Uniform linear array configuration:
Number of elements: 12
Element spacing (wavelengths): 0.75
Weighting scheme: blackman
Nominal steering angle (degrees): -15
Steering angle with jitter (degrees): -15.032
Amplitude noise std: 0.05
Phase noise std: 0.05

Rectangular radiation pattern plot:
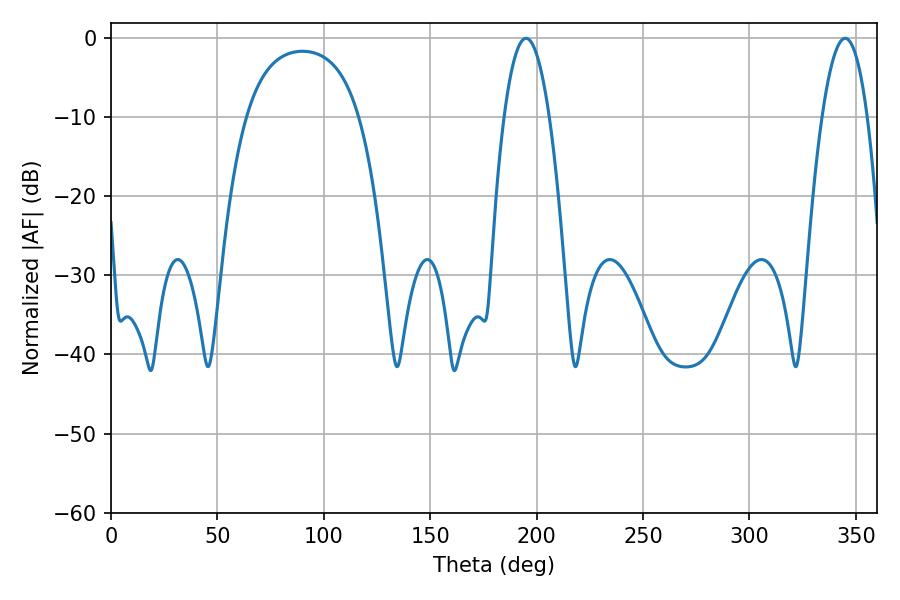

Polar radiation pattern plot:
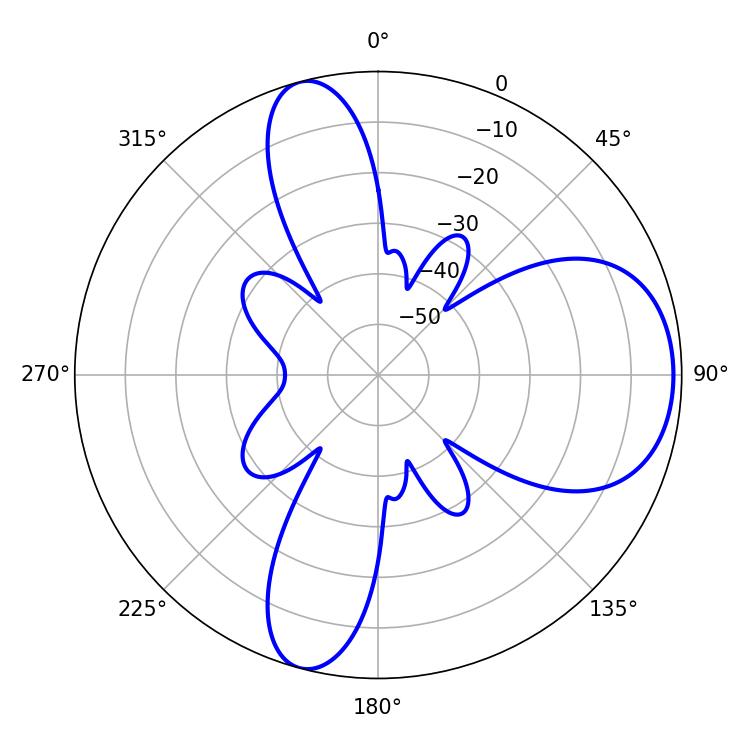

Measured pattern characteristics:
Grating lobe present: TRUE
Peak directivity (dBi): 8.136
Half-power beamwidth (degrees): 11.7
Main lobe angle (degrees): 194.94